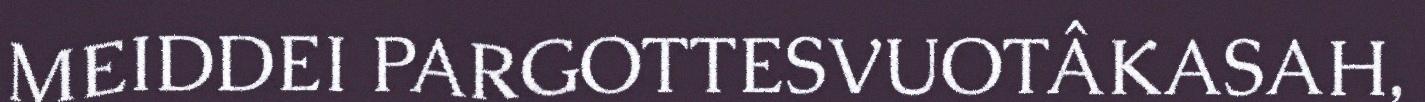
MEIDDEI PARGOTTESVUOTÂKASAH,